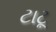
ટાટૂ